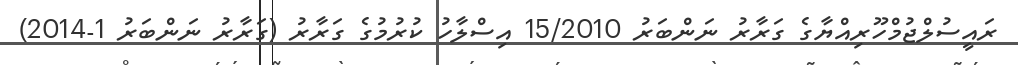
ރައީސުލްޖުމްހޫރިއްޔާގެ ގަރާރު ނަންބަރު 15/2010 އިސްލާހު ކުރުމުގެ ގަރާރު (ގަރާރު ނަންބަރު 1-2014)